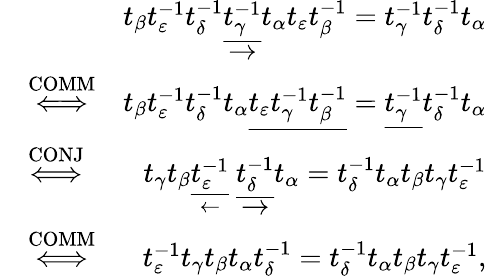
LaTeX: \begin{array}{rlr}&{}&{t_{\beta}t_{\varepsilon}^{-1}t_{\delta}^{-1}\underset{\rightarrow}{\underline{{t_{\gamma}^{-1}}}}t_{\alpha}t_{\varepsilon}t_{\beta}^{-1}=t_{\gamma}^{-1}t_{\delta}^{-1}t_{\alpha}}\\ &{\stackrel{\mathrm{COMM}}{\Longleftrightarrow}}&{t_{\beta}t_{\varepsilon}^{-1}t_{\delta}^{-1}t_{\alpha}\underline{{t_{\varepsilon}t_{\gamma}^{-1}t_{\beta}^{-1}}}=\underline{{t_{\gamma}^{-1}}}t_{\delta}^{-1}t_{\alpha}}\\ &{\stackrel{\mathrm{CONJ}}{\Longleftrightarrow}}&{t_{\gamma}t_{\beta}\underset{\leftarrow}{\underline{{t_{\varepsilon}^{-1}}}}\ \underset{\rightarrow}{\underline{{t_{\delta}^{-1}}}}t_{\alpha}=t_{\delta}^{-1}t_{\alpha}t_{\beta}t_{\gamma}t_{\varepsilon}^{-1}}\\ &{\stackrel{\mathrm{COMM}}{\Longleftrightarrow}}&{t_{\varepsilon}^{-1}t_{\gamma}t_{\beta}t_{\alpha}t_{\delta}^{-1}=t_{\delta}^{-1}t_{\alpha}t_{\beta}t_{\gamma}t_{\varepsilon}^{-1},}\end{array}